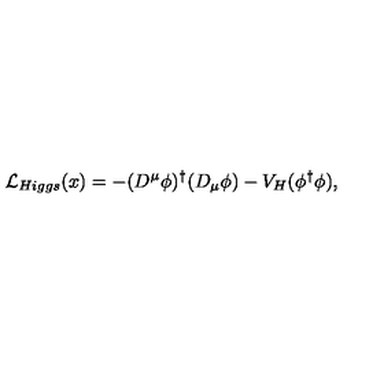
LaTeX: { \cal L } _ { H i g g s } ( x ) = - ( D ^ { \mu } \phi ) ^ { \dagger } ( D _ { \mu } \phi ) - V _ { H } ( \phi ^ { \dagger } \phi ) ,